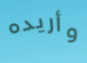
وأريده